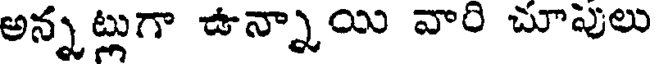
అన్నట్లుగా ఉన్నాయి వారి చూపులు